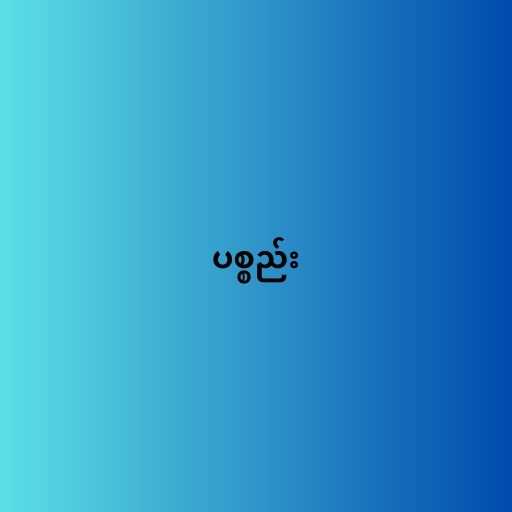
ပစ္စည်း